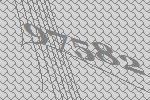
97582